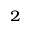
^ 2